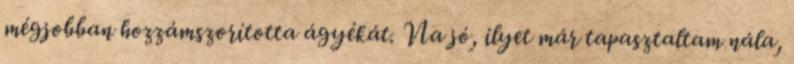
mégjobban hozzámszorította ágyékát. Na jó, ilyet már tapasztaltam nála,